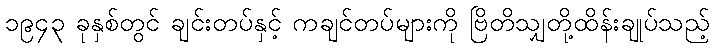
၁၉၄၃ ခုနှစ်တွင် ချင်းတပ်နှင့် ကချင်တပ်များကို ဗြိတိသျှတို့ထိန်းချုပ်သည့်